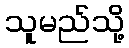
သူမည်သို့